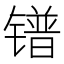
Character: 镨